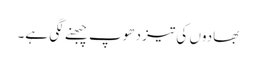
بھادوں کی تیز دھوپ چبھنے لگی ہے۔